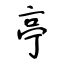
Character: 亭